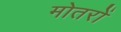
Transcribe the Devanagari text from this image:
मोतरों